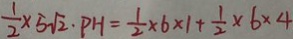
\frac { 1 } { 2 } \times 5 \sqrt { 2 } \cdot P H = \frac { 1 } { 2 } \times 6 \times 1 + \frac { 1 } { 2 } \times 6 \times 4